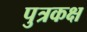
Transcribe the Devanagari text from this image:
पुत्रकक्ष